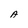
Character: A